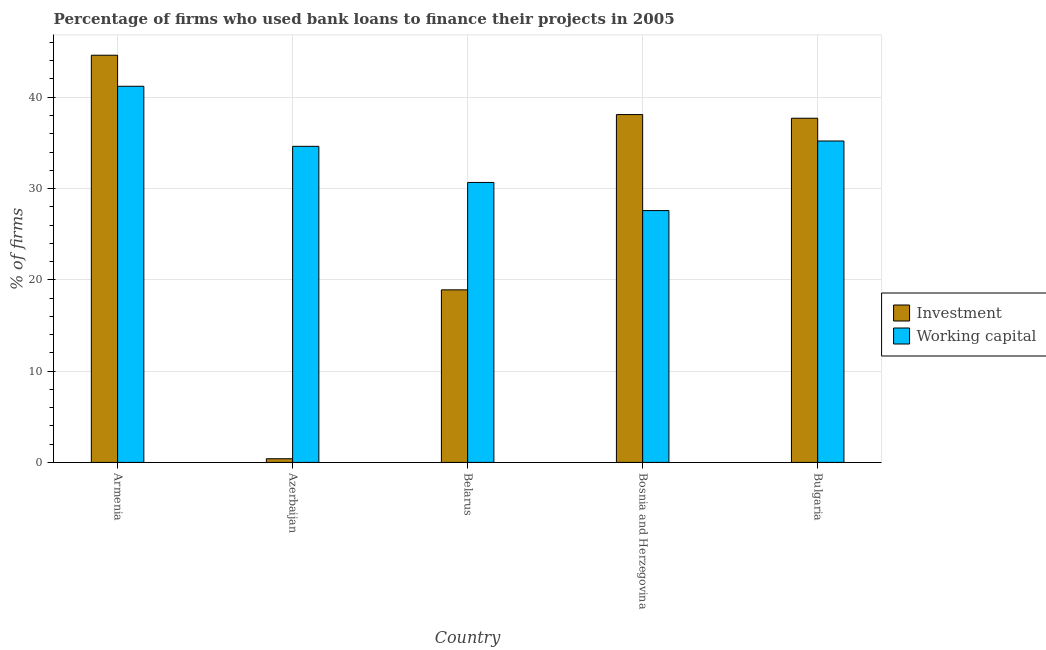
| Country | Investment | Working capital |
 | --- | --- | --- |
 | Armenia | 44.6 | 41.2 |
 | Azerbaijan | 0.4 | 34.6 |
 | Belarus | 18.9 | 30.7 |
 | Bosnia and Herzegovina | 38.1 | 27.6 |
 | Bulgaria | 37.7 | 35.2 |